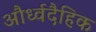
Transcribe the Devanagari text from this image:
और्ध्वदैहिक